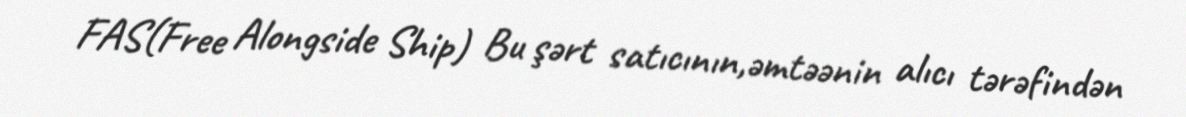
FAS(Free Alongside Ship) Bu şərt satıcının,əmtəənin alıcı tərəfindən